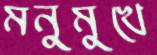
মনুমুখে